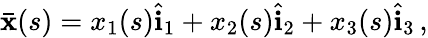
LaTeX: \bar{\mathbf{x}}(s)=x_{1}(s)\hat{\mathbf{i}}_{1}+x_{2}(s)\hat{\mathbf{i}}_{2}+x_{3}(s)\hat{\mathbf{i}}_{3}\, ,